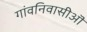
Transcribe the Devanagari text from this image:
गांवनिवासीऒं